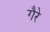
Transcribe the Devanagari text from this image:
गैरे